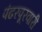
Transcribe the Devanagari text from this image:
पंढरपूरवारी